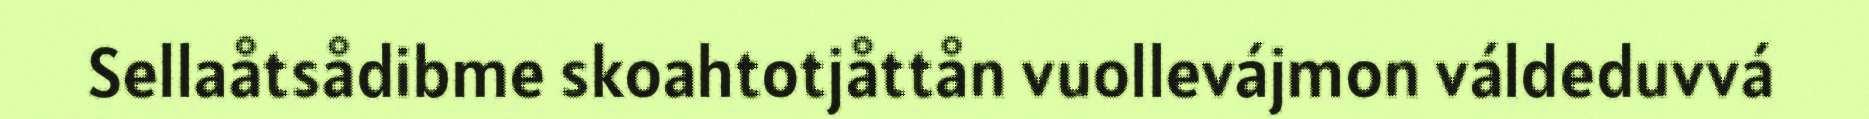
Sellaåtsådibme skoahtotjåttån vuollevájmon váldeduvvá